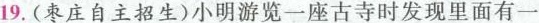
19.(枣庄自主招生)小明游览一座古寺时发现里面有一